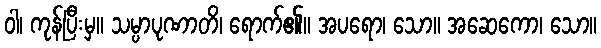
ဝါ၊ ကုန်ပြီးမှ။ သမ္ပာပုဏာတိ၊ ရောက်၏။ အပရော၊ သော။ အဆေကော၊ သော။